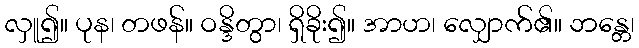
လှူ၍။ ပုန၊ တဖန်။ ဝန္ဒိတွာ၊ ရှိခိုး၍။ အာဟ၊ လျှောက်၏။ ဘန္တေ၊